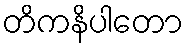
တိကနိပါတော